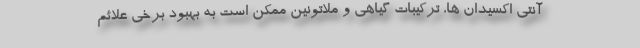
آنتی اکسیدان ها، ترکیبات گیاهی و ملاتونین ممکن است به بهبود برخی علائم